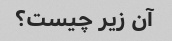
آن زیر چیست؟